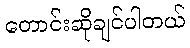
တောင်းဆိုချင်ပါတယ်